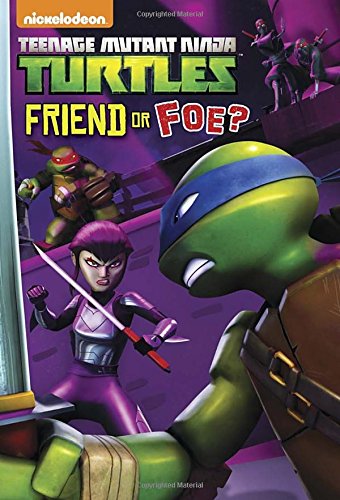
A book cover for Friend or Foe? (Teenage Mutant Ninja Turtles) (Junior Novel); Matthew Gilbert; Children's Books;